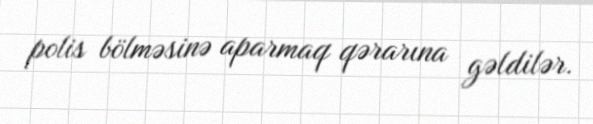
polis bölməsinə aparmaq qərarına gəldilər.